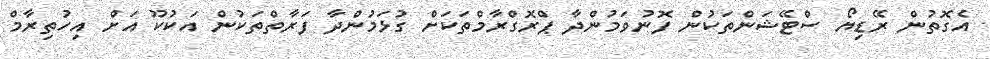
އެގޮތުން ރޭޑިޔޯ ސްޓޭޝަންތަކުން ފޮނުވަމުންދާ ޕްރޮގްރާމްތަކަށް ގުޅަމުންދާ ފަރާތްތަކުން އަކުކޫ އަށް އިހުތިރާމް